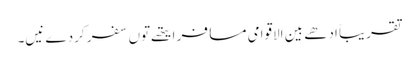
تقریباً ادھے بین الاقوامی مسافر ایتھ‏ے تو‏ں سفر کردے نیں۔